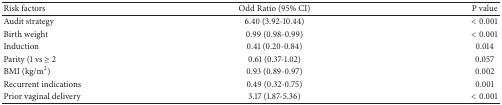
<table><thead><tr><td><b>Risk factors</b></td><td><b>Odd Ratio (95% CI)</b></td><td><b>P value</b></td></tr></thead><tbody><tr><td>Audit strategy</td><td>6.40 (3.92-10.44)</td><td>&lt; 0.001</td></tr><tr><td>Birth weight</td><td>0.99 (0.98-0.99)</td><td>&lt; 0.001</td></tr><tr><td>Induction</td><td>0.41 (0.20-0.84)</td><td>0.014</td></tr><tr><td>Parity (1 vs ≥ 2</td><td>0.61 (0.37-1.02)</td><td>0.057</td></tr><tr><td>BMI (kg/m<sup>2</sup>)</td><td>0.93 (0.89-0.97)</td><td>0.002</td></tr><tr><td>Recurrent indications</td><td>0.49 (0.32-0.75)</td><td>0.001</td></tr><tr><td>Prior vaginal delivery</td><td>3.17 (1.87-5.36)</td><td>&lt; 0.001</td></tr></tbody></table>